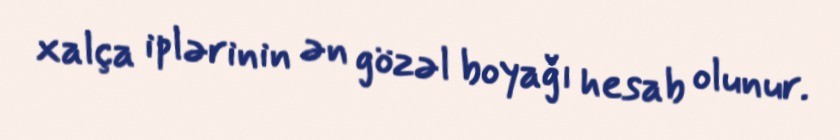
xalça iplərinin ən gözəl boyağı hesab olunur.